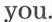
you.